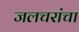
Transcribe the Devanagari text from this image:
जलचरांचा